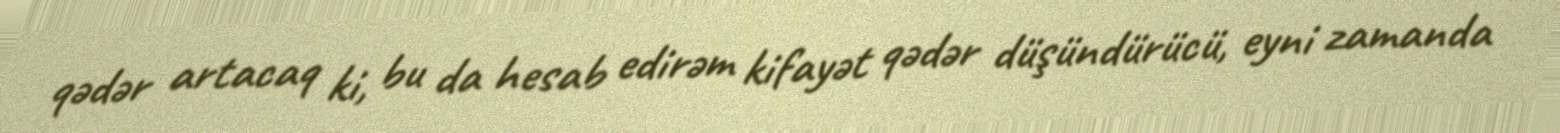
qədər artacaq ki, bu da hesab edirəm kifayət qədər düşündürücü, eyni zamanda